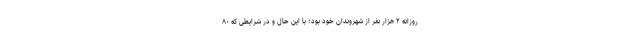
روزانه ۲ هزار نفر از شهروندان خود بود؛ با این حال و در شرایطی که ۸۰